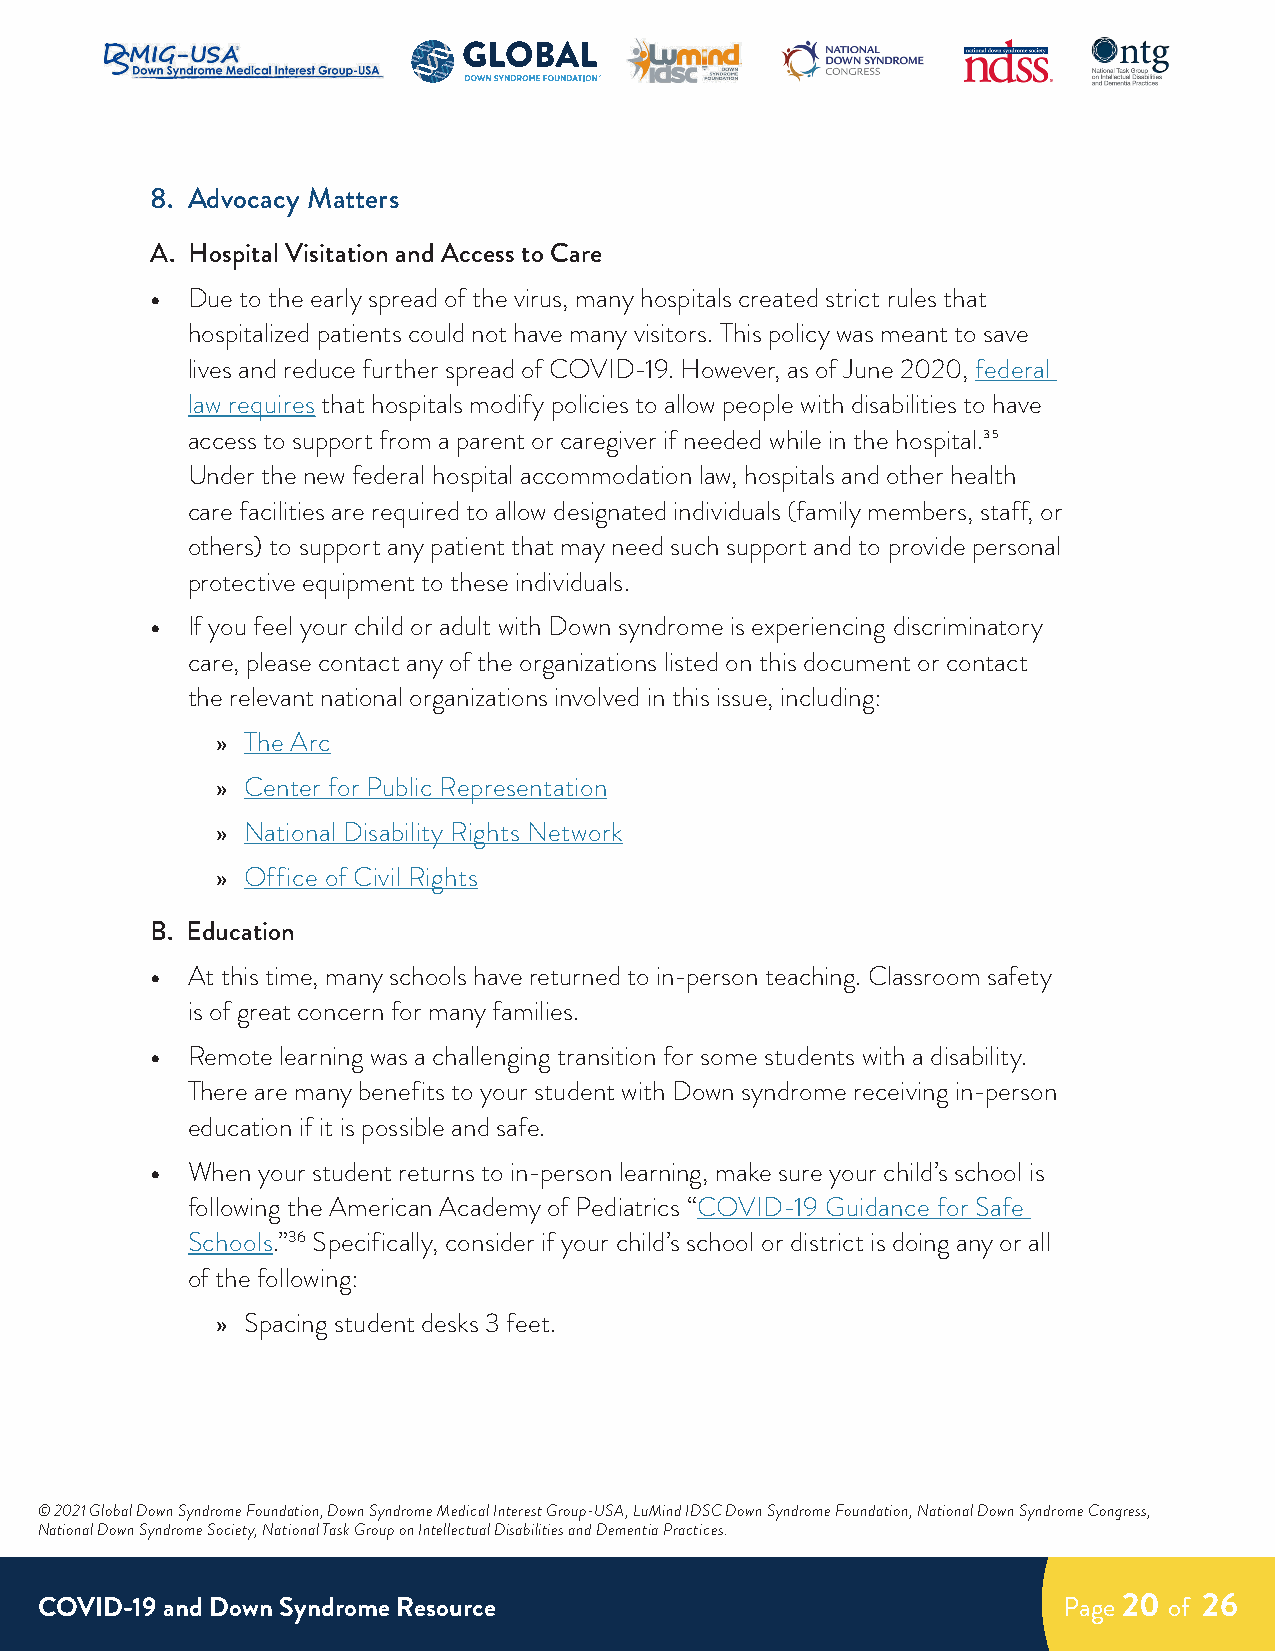
8. Advocacy Matters
 A. Hospital Visitation and Access to Care
 • Due to the early spread of the virus, many hospitals created strict rules that
 hospitalized patients could not have many visitors. This policy was meant to save
 lives and reduce further spread of COVID-19. However, as of June 2020, federal
 law requires that hospitals modify policies to allow people with disabilities to have
 access to support from a parent or caregiver if needed while in the hospital.35
 Under the new federal hospital accommodation law, hospitals and other health
 care facilities are required to allow designated individuals (family members, staff, or
 others) to support any patient that may need such support and to provide personal
 protective equipment to these individuals.
 • If you feel your child or adult with Down syndrome is experiencing discriminatory
 care, please contact any of the organizations listed on this document or contact
 the relevant national organizations involved in this issue, including:
 » The Arc
 » Center for Public Representation
 » National Disability Rights Network
 » Office of Civil Rights
 B. Education
 • At this time, many schools have returned to in-person teaching. Classroom safety
 is of great concern for many families.
 • Remote learning was a challenging transition for some students with a disability.
 There are many benefits to your student with Down syndrome receiving in-person
 education if it is possible and safe.
 • When your student returns to in-person learning, make sure your child’s school is
 following the American Academy of Pediatrics “COVID-19 Guidance for Safe
 Schools.”36 Specifically, consider if your child’s school or district is doing any or all
 of the following:
 » Spacing student desks 3 feet.
 © 2021 Global Down Syndrome Foundation, Down Syndrome Medical Interest Group-USA, LuMind IDSC Down Syndrome Foundation, National Down Syndrome Congress,
 National Down Syndrome Society, National Task Group on Intellectual Disabilities and Dementia Practices.
 COVID-19 and Down Syndrome Resource                                 Page 20 of 26